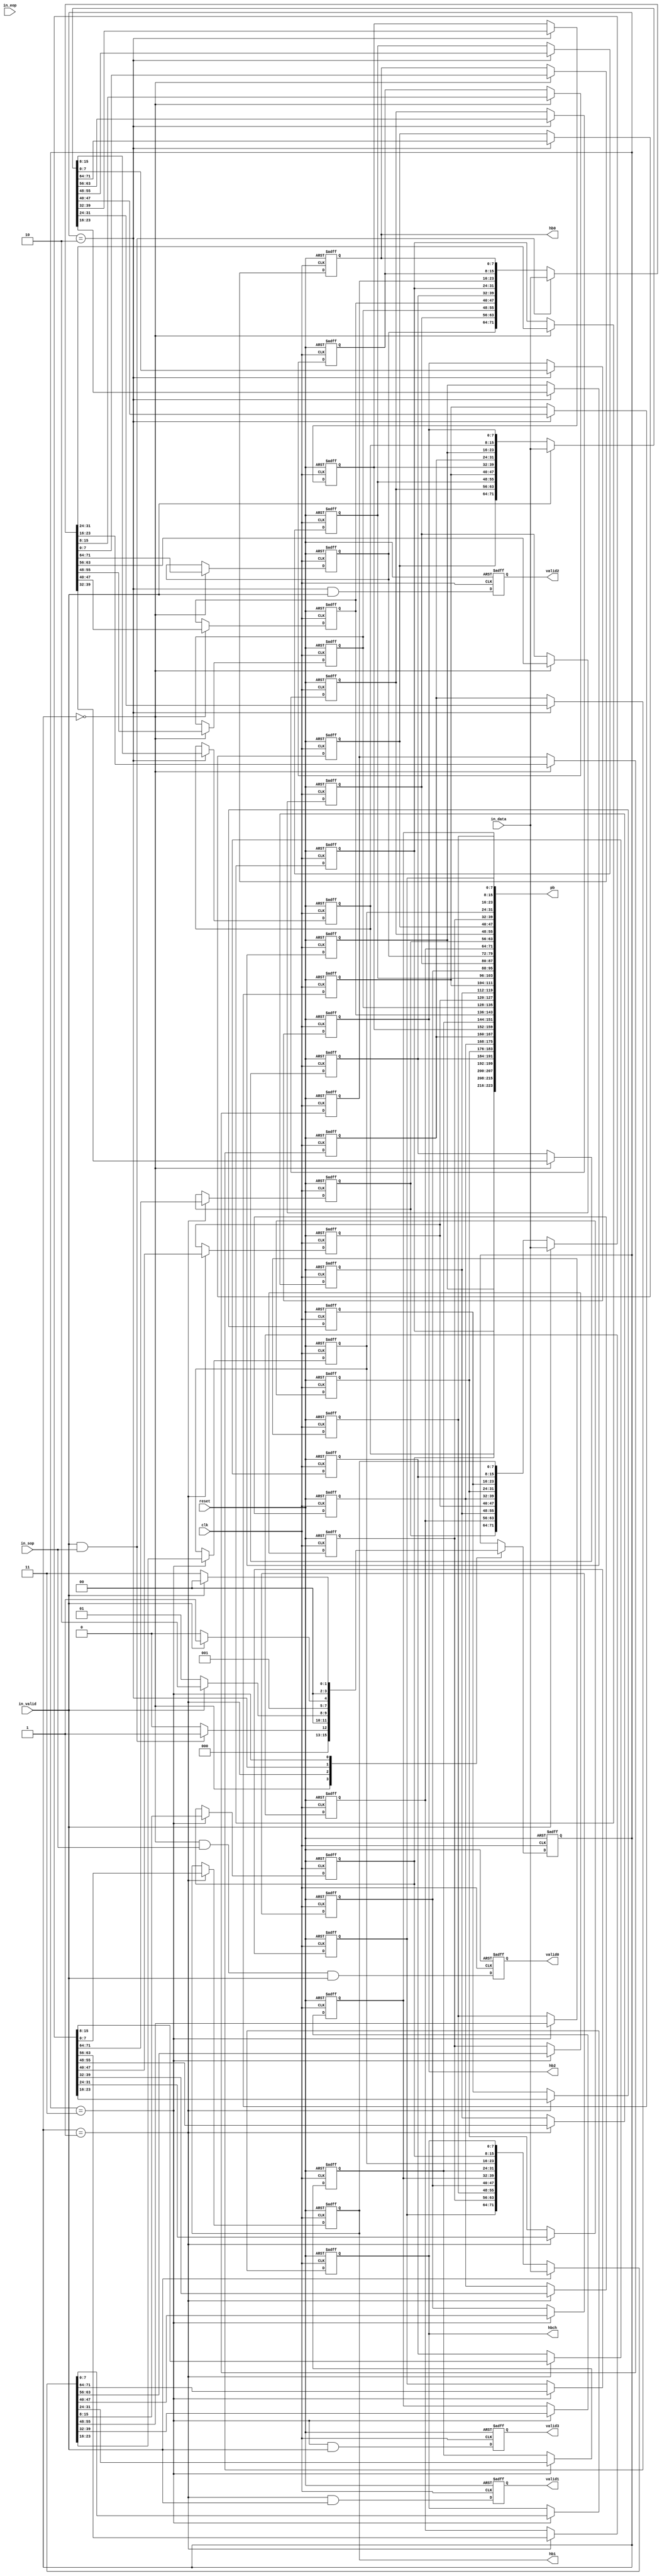
// (C) 2001-2018 Intel Corporation. All rights reserved.
// Your use of Intel Corporation's design tools, logic functions and other 
// software and tools, and its AMPP partner logic functions, and any output 
// files from any of the foregoing (including device programming or simulation 
// files), and any associated documentation or information are expressly subject 
// to the terms and conditions of the Intel Program License Subscription 
// Agreement, Intel FPGA IP License Agreement, or other applicable 
// license agreement, including, without limitation, that your use is for the 
// sole purpose of programming logic devices manufactured by Intel and sold by 
// Intel or its authorized distributors.  Please refer to the applicable 
// agreement for further details.


// (C) 2001-2017 Intel Corporation. All rights reserved.
// Your use of Intel Corporation's design tools, logic functions and other 
// software and tools, and its AMPP partner logic functions, and any output 
// files from any of the foregoing (including device programming or simulation 
// files), and any associated documentation or information are expressly subject 
// to the terms and conditions of the Intel Program License Subscription 
// Agreement, Intel FPGA IP License Agreement, or other applicable 
// license agreement, including, without limitation, that your use is for the 
// sole purpose of programming logic devices manufactured by Intel and sold by 
// Intel or its authorized distributors.  Please refer to the applicable 
// agreement for further details.


// synthesis translate_off
`timescale 1ns / 1ns
// synthesis translate_on

module altera_hdmi_aux_snk(

clk, reset,

in_data,
in_sop,
in_eop,
in_valid,

hb0,
hb1,
hb2,
hbch,
pb,

valid0,
valid1,
valid2,
valid3

);
parameter [7:0] HB = 8'h84;

input wire clk, reset;
input wire [71:0] in_data;
input wire in_sop;
input wire in_eop;
input wire in_valid;

output reg [7:0] hb0,hb1,hb2, hbch;

// Payload
output wire [28*8-1:0] pb;
				 
output reg valid0,valid1,valid2,valid3;

reg [7:0] pb0,pb1,pb2,pb3,pb4,
				 pb5,pb6,pb7,pb8,pb9,
				 pb10,pb11,pb12,pb13,
				 pb14,pb15,pb16,pb17,
				 pb18,pb19,pb20,pb21,
				 pb22,pb23,pb24,pb25,
				 pb26,pb27,bch0,bch1,
				 bch2,bch3;
         
reg [3:0] state;

// Fanout Payload
assign pb = {pb0,pb1,pb2,pb3,pb4,
				 pb5,pb6,pb7,pb8,pb9,
				 pb10,pb11,pb12,pb13,
				 pb14,pb15,pb16,pb17,
				 pb18,pb19,pb20,pb21,
				 pb22,pb23,pb24,pb25,
				 pb26,pb27,bch0,bch1,
				 bch2,bch3};


always @(posedge clk or posedge reset)
  if(reset)
    begin
		{ hb0,hb1,hb2, hbch,
		  pb0,pb1,pb2,pb3,pb4,
		  pb5,pb6,pb7,pb8,pb9,
		  pb10,pb11,pb12,pb13,
		  pb14,pb15,pb16,pb17,
		  pb18,pb19,pb20,pb21,
		  pb22,pb23,pb24,pb25,
		  pb26,pb27,
		  bch0,bch1,bch2,bch3} <= 0;
		  state <= 0;
	 end
  else
    begin
	   case(state)
		   0 : begin 
			       state  <= (in_valid & in_sop) ? 4'd1 : 4'd0;
					 {pb22, pb21, pb15, pb14, pb8,  pb7,  pb1,  pb0, hb0} <= (in_valid & in_sop) ? in_data : {pb22, pb21, pb15, pb14, pb8,  pb7,  pb1,  pb0, hb0};
				 end
   		1 : begin
			      state <= (in_valid) ? 4'd2 : 4'd1; 
			      {pb24, pb23, pb17, pb16, pb10, pb9,  pb3,  pb2, hb1}  <= (in_valid) ?  in_data : {pb24, pb23, pb17, pb16, pb10, pb9,  pb3,  pb2, hb1};
				 end
		   2 : begin 
			       state <= (in_valid) ? 4'd3 : 4'd2;
			      {pb26, pb25, pb19, pb18, pb12, pb11, pb5,  pb4, hb2}  <= (in_valid) ?  in_data : {pb26, pb25, pb19, pb18, pb12, pb11, pb5,  pb4, hb2};
			    end
		   3 : begin 
			       state <= (in_valid) ? 4'd0 : 4'd3; 
			      {bch3, pb27, bch2, pb20, bch1, pb13, bch0, pb6, hbch} <= (in_valid) ?  in_data : {bch3, pb27, bch2, pb20, bch1, pb13, bch0, pb6, hbch};
			    end
		endcase
	 end
	 
always @(posedge clk or posedge reset)
  if(reset)
    begin
      valid0 <= 0;
      valid1 <= 0;
      valid2 <= 0;
      valid3 <= 0;
	 end
  else
    begin
      valid0 <= (state == 0 & in_sop) & in_valid;
      valid1 <= (state == 1) & in_valid;
      valid2 <= (state == 2) & in_valid;
      valid3 <= (state == 3) & in_valid;
	 end
				 
endmodule